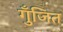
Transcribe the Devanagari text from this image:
गुँजित